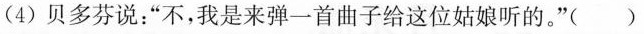
(4)贝多芬说：”不，我是来弹一首曲子给这位姑娘听的。”( )